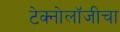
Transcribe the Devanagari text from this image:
टेक्नोलॉजीचा